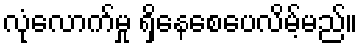
လုံလောက်မှု ရှိနေစေပေလိမ့်မည်။